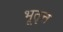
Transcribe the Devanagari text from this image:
भूतृत्त